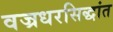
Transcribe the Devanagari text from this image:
वज्रधरसिद्धांत